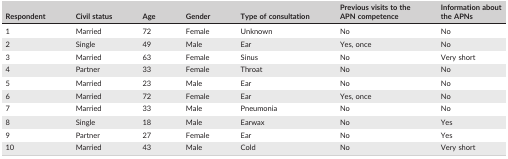
<table><thead><tr><td><b>Respondent</b></td><td><b>Civil status</b></td><td><b>Age</b></td><td><b>Gender</b></td><td><b>Type of consultation</b></td><td><b>Previous visits to the APN competence</b></td><td><b>Information about the APNs</b></td></tr></thead><tbody><tr><td>1</td><td>Married</td><td>72</td><td>Female</td><td>Unknown</td><td>No</td><td>No</td></tr><tr><td>2</td><td>Single</td><td>49</td><td>Male</td><td>Ear</td><td>Yes, once</td><td>No</td></tr><tr><td>3</td><td>Married</td><td>63</td><td>Female</td><td>Sinus</td><td>No</td><td>Very short</td></tr><tr><td>4</td><td>Partner</td><td>33</td><td>Female</td><td>Throat</td><td>No</td><td>No</td></tr><tr><td>5</td><td>Married</td><td>23</td><td>Male</td><td>Ear</td><td>No</td><td>No</td></tr><tr><td>6</td><td>Married</td><td>72</td><td>Female</td><td>Ear</td><td>Yes, once</td><td>No</td></tr><tr><td>7</td><td>Married</td><td>33</td><td>Male</td><td>Pneumonia</td><td>No</td><td>No</td></tr><tr><td>8</td><td>Single</td><td>18</td><td>Male</td><td>Earwax</td><td>No</td><td>Yes</td></tr><tr><td>9</td><td>Partner</td><td>27</td><td>Female</td><td>Ear</td><td>No</td><td>Yes</td></tr><tr><td>10</td><td>Married</td><td>43</td><td>Male</td><td>Cold</td><td>No</td><td>Very short</td></tr></tbody></table>